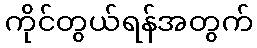
ကိုင်တွယ်ရန်အတွက်